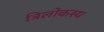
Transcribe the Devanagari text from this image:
त्रिलोकस्य